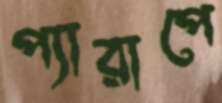
প্যারাপে